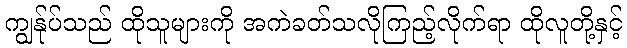
ကျွန်ုပ်သည် ထိုသူများကို အကဲခတ်သလိုကြည့်လိုက်ရာ ထိုလူတို့နှင့်